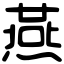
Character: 燕